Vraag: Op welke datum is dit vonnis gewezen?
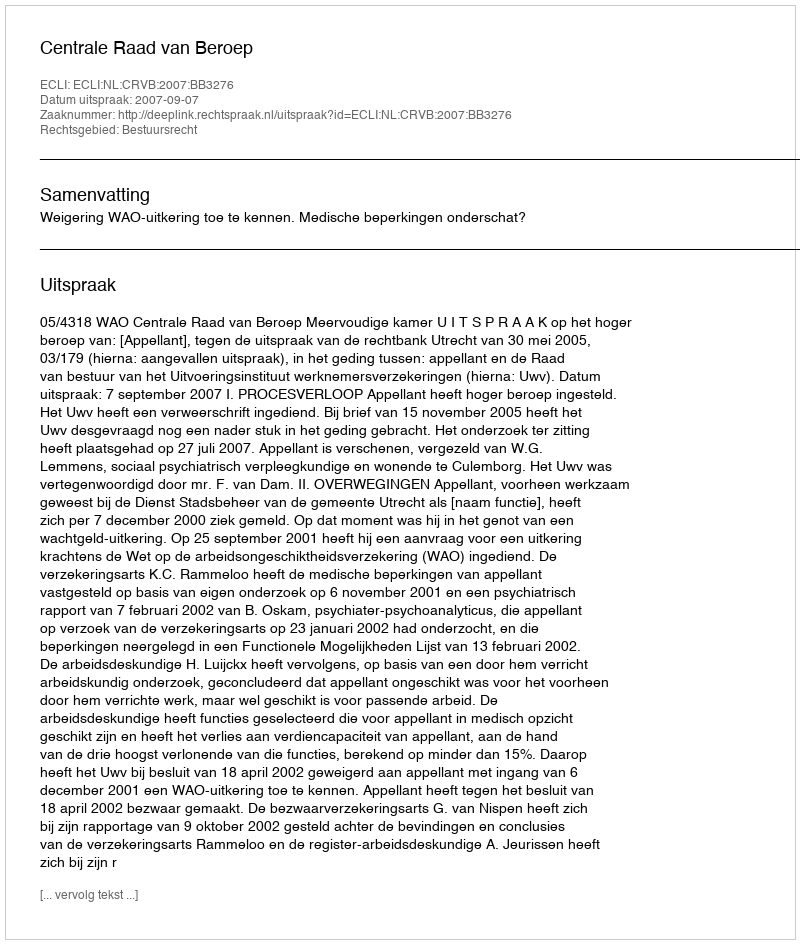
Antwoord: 2007-09-07